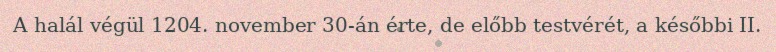
A halál végül 1204. november 30-án érte, de előbb testvérét, a későbbi II.